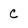
Character: C